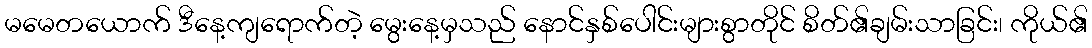
မမေတယောက် ဒီနေ့ကျရောက်တဲ့ မွေးနေ့မှသည် နောင်နှစ်ပေါင်းများစွာတိုင် စိတ်၏ချမ်းသာခြင်း၊ ကိုယ်၏